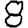
Digit: 8